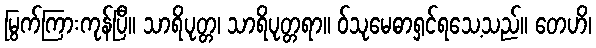
မြွက်ကြားကုန်ပြီ။ သာရိပုတ္တ၊ သာရိပုတ္တရာ။ ဝ်သုမေဓာရှင်ရသေ့သည်။ တေဟိ၊